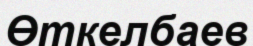
Өткелбаев